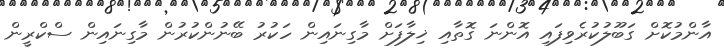
އާންމުކޮށް ގަބޫލުކުރެވިފައި އޮންނަ ގޮތާއި ޚިލާފަށް މާގިނައިން ހަކުރު ބޭނުންކުރުން މާގިނައިން ސްކްރީން